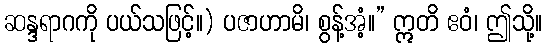
ဆန္ဒရာဂကို ပယ်သဖြင့်။) ပဇာဟာမိ၊ စွန့်အံ့။” ဣတိ ဧဝံ၊ ဤသို့။